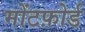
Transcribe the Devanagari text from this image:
मोंटफ़ोर्ड